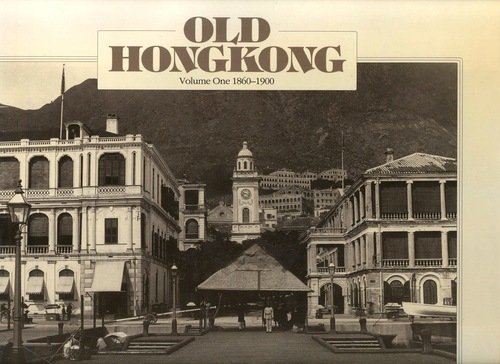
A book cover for Old Hong Kong: 1860-1900 (Volume 1); Trea Wiltshire; Travel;